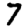
Digit: 7